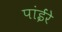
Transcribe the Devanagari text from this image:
पांईंरे